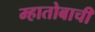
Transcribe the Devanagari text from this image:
म्हातोबाची